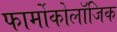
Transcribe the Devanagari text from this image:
फार्मोकोलॉजिक